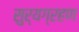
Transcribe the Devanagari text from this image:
सुर्यग्रहण